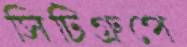
সিটিগ্রুপে